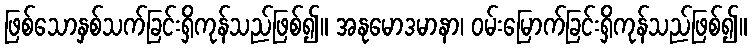
ဖြစ်သောနှစ်သက်ခြင်းရှိကုန်သည်ဖြစ်၍။ အနုမောဒမာနာ၊ ဝမ်းမြောက်ခြင်းရှိကုန်သည်ဖြစ်၍။